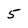
Character: 5